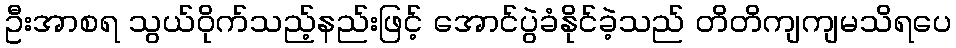
ဦးအာစရ သွယ်ဝိုက်သည့်နည်းဖြင့် အောင်ပွဲခံနိုင်ခဲ့သည် တိတိကျကျမသိရပေ